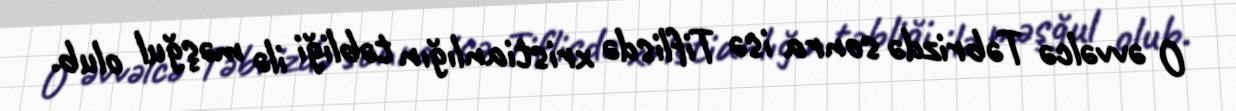
O əvvəlcə Təbrizdə sonra isə Tiflisdə xristianlığın təbliği ilə məşğul olub.